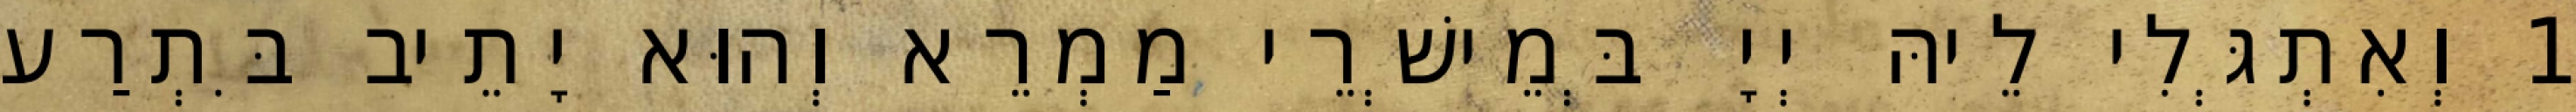
1 וְאִתְגְּלִי לֵיהּ יְיָ בְּמֵישְׁרֵי מַמְרֵא וְהוּא יָתֵיב בִּתְרַע